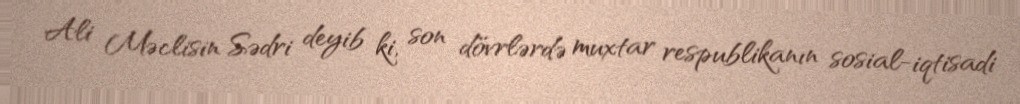
Ali Məclisin Sədri deyib ki, son dövrlərdə muxtar respublikanın sosial-iqtisadi